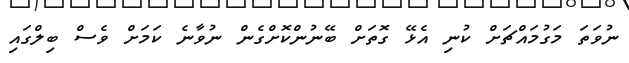
ނުވަތަ މަގުމައްޗަށް ކުނި އެޅޭ ގޮތަށް ބޭނުންކޮށްގެން ނުވާނެ ކަމަށް ވެސް ބިލްގައި